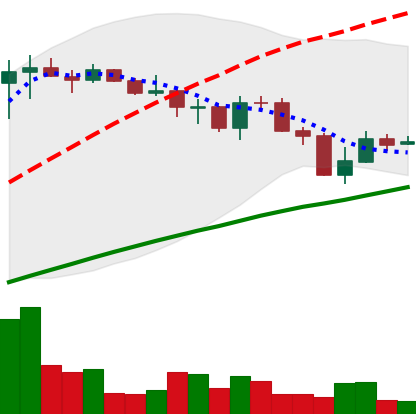
Ticker: LINK-USD
Chart end date: 2019-07-20
Forward return: -9.846%
Label: down_7plus